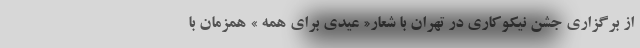
از برگزاری جشن نیکوکاری در تهران با شعار« عیدی برای همه » همزمان با